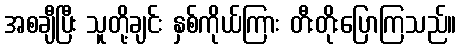
အစချီပြီး သူတို့ချင်း နှစ်ကိုယ်ကြား တီးတိုးပြောကြသည်။